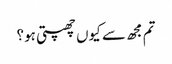
تم مجھ سے کیوں چھپتی ہو؟